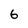
Character: 6